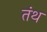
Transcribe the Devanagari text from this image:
तंथ